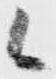
候